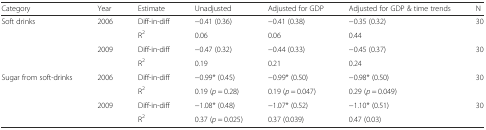
| Category | Year | Estimate | Unadjusted | Adjusted for GDP | Adjusted for GDP & time trends | N |
 | --- | --- | --- | --- | --- | --- | --- |
 | <ROWSPAN=4> Soft drinks | <ROWSPAN=2> 2006 | Diff-in-diff | −0.41 (0.36) | −0.41 (0.38) | −0.35 (0.32) | <ROWSPAN=2> 30 |
 | R2 | 0.06 | 0.06 | 0.44 |
 | <ROWSPAN=2> 2009 | Diff-in-diff | −0.47 (0.32) | −0.44 (0.33) | −0.45 (0.37) | <ROWSPAN=2> 30 |
 | R2 | 0.19 | 0.21 | 0.24 |
 | <ROWSPAN=4> Sugar from soft-drinks | <ROWSPAN=2> 2006 | Diff-in-diff | −0.99* (0.45) | −0.99* (0.50) | −0.98* (0.50) | <ROWSPAN=2> 30 |
 | R2 | 0.19 (p = 0.28) | 0.19 (p = 0.047) | 0.29 (p = 0.049) |
 | <ROWSPAN=2> 2009 | Diff-in-diff | −1.08* (0.48) | −1.07* (0.52) | −1.10* (0.51) | <ROWSPAN=2> 30 |
 | R2 | 0.37 (p = 0.025) | 0.37 (0.039) | 0.47 (0.03) |